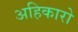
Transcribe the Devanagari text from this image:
अहिकारो